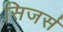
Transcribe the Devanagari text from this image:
सिजर्स